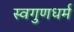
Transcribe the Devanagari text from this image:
स्वगुणधर्म